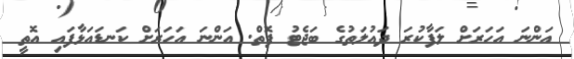
އަންނަ އަހަރަށް ލަފާކުރަ ދައުލަތުގެ ބަޖެޓު ފޮތް. އަންނަ އަހަރަށް ކަނޑައަޅާފައި އޮތީ